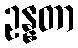
ဥန္နတာ